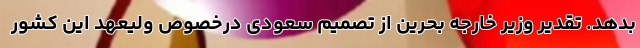
بدهد. تقدیر وزیر خارجه بحرین از تصمیم سعودی درخصوص ولیعهد این کشور